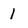
Character: 1